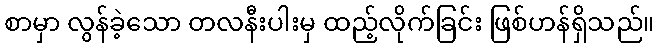
စာမှာ လွန်ခဲ့သော တလနီးပါးမှ ထည့်လိုက်ခြင်း ဖြစ်ဟန်ရှိသည်။